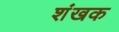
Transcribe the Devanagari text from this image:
शंखक